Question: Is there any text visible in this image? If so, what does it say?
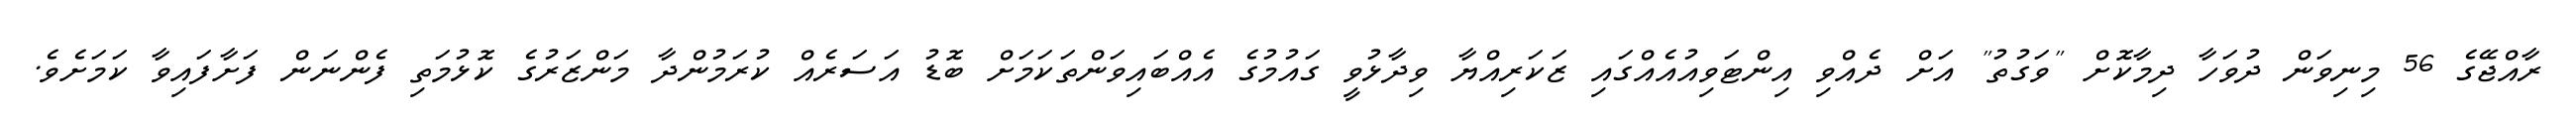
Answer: ރާއްޖޭގެ 56 މިނިވަން ދުވަހާ ދިމާކޮށް "ވަގުތު" އަށް ދެއްވި އިންޓަވިއުއެއްގައި ޒަކަރިއްޔާ ވިދާޅުވީ ގައުމުގެ އެއްބައިވަންތަކަމަށް ބޮޑު އަސަރެއް ކުރަމުންދާ މަންޒަރުގެ ކޮޅުމަތި ފެންނަން ފަށާފައިވާ ކަމަށެވެ.